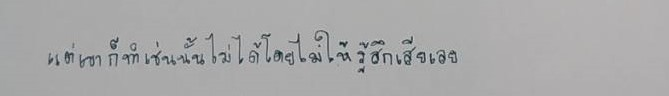
แต่เขาก็ทำเช่นนั้นไม่ได้โดยไม่ให้รู้สึกเสียเลย